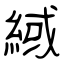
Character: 緎